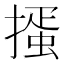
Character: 𢳱